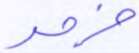
خرق